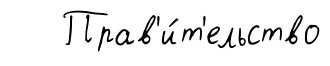
Прав'и́т'ельство